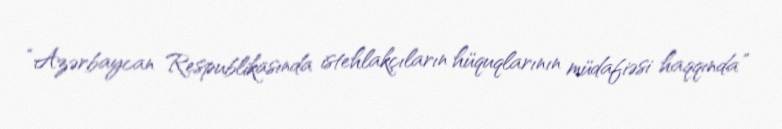
“Azərbaycan Respublikasında istehlakçıların hüquqlarının müdafiəsi haqqında”